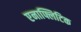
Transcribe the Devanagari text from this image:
एनाफ्लिटिक